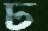
ঢ